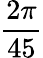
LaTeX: \frac{2\pi}{45}